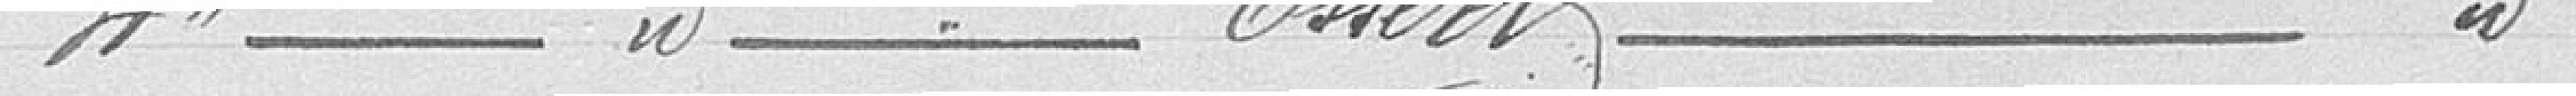
4è Commune d'Essert